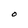
Character: 0